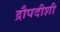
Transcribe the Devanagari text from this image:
द्रौपदीशी